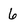
Character: 6